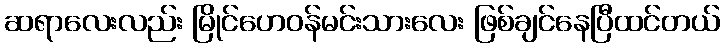
ဆရာလေးလည်း မြိုင်ဟေဝန်မင်းသားလေး ဖြစ်ချင်နေပြီထင်တယ်